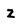
Character: Z